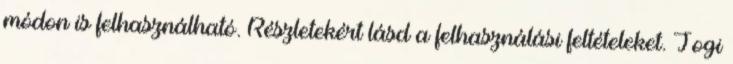
módon is felhasználható. Részletekért lásd a felhasználási feltételeket. Jogi